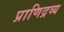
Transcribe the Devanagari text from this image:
प्राणिद्रव्य